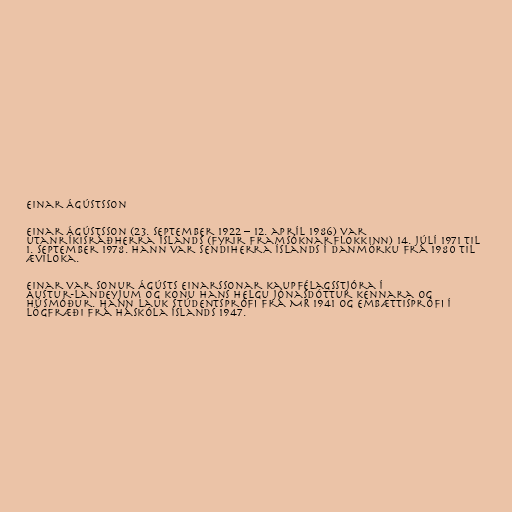
Einar Ágústsson

Einar Ágústsson (23. september 1922 – 12. apríl 1986) var
utanríkisráðherra Íslands (fyrir Framsóknarflokkinn) 14. júlí 1971 til
1. september 1978. Hann var sendiherra Íslands í Danmörku frá 1980 til
æviloka.

Einar var sonur Ágústs Einarssonar kaupfélagsstjóra í
Austur-Landeyjum og konu hans Helgu Jónasdóttur kennara og
húsmóður. Hann lauk stúdentsprófi frá MR 1941 og embættisprófi í
lögfræði frá Háskóla Íslands 1947.